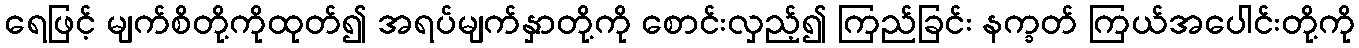
ရေဖြင့် မျက်စိတို့ကိုထုတ်၍ အရပ်မျက်နှာတို့ကို စောင်းလှည့်၍ ကြည်ခြင်း နက္ခတ် ကြယ်အပေါင်းတို့ကို